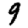
Digit: 9